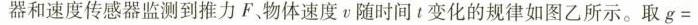
器和速度传感器监测到推力F。物体速度v随时间t变化的规律如图乙所示。取$$g =$$